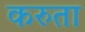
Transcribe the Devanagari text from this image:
करुता